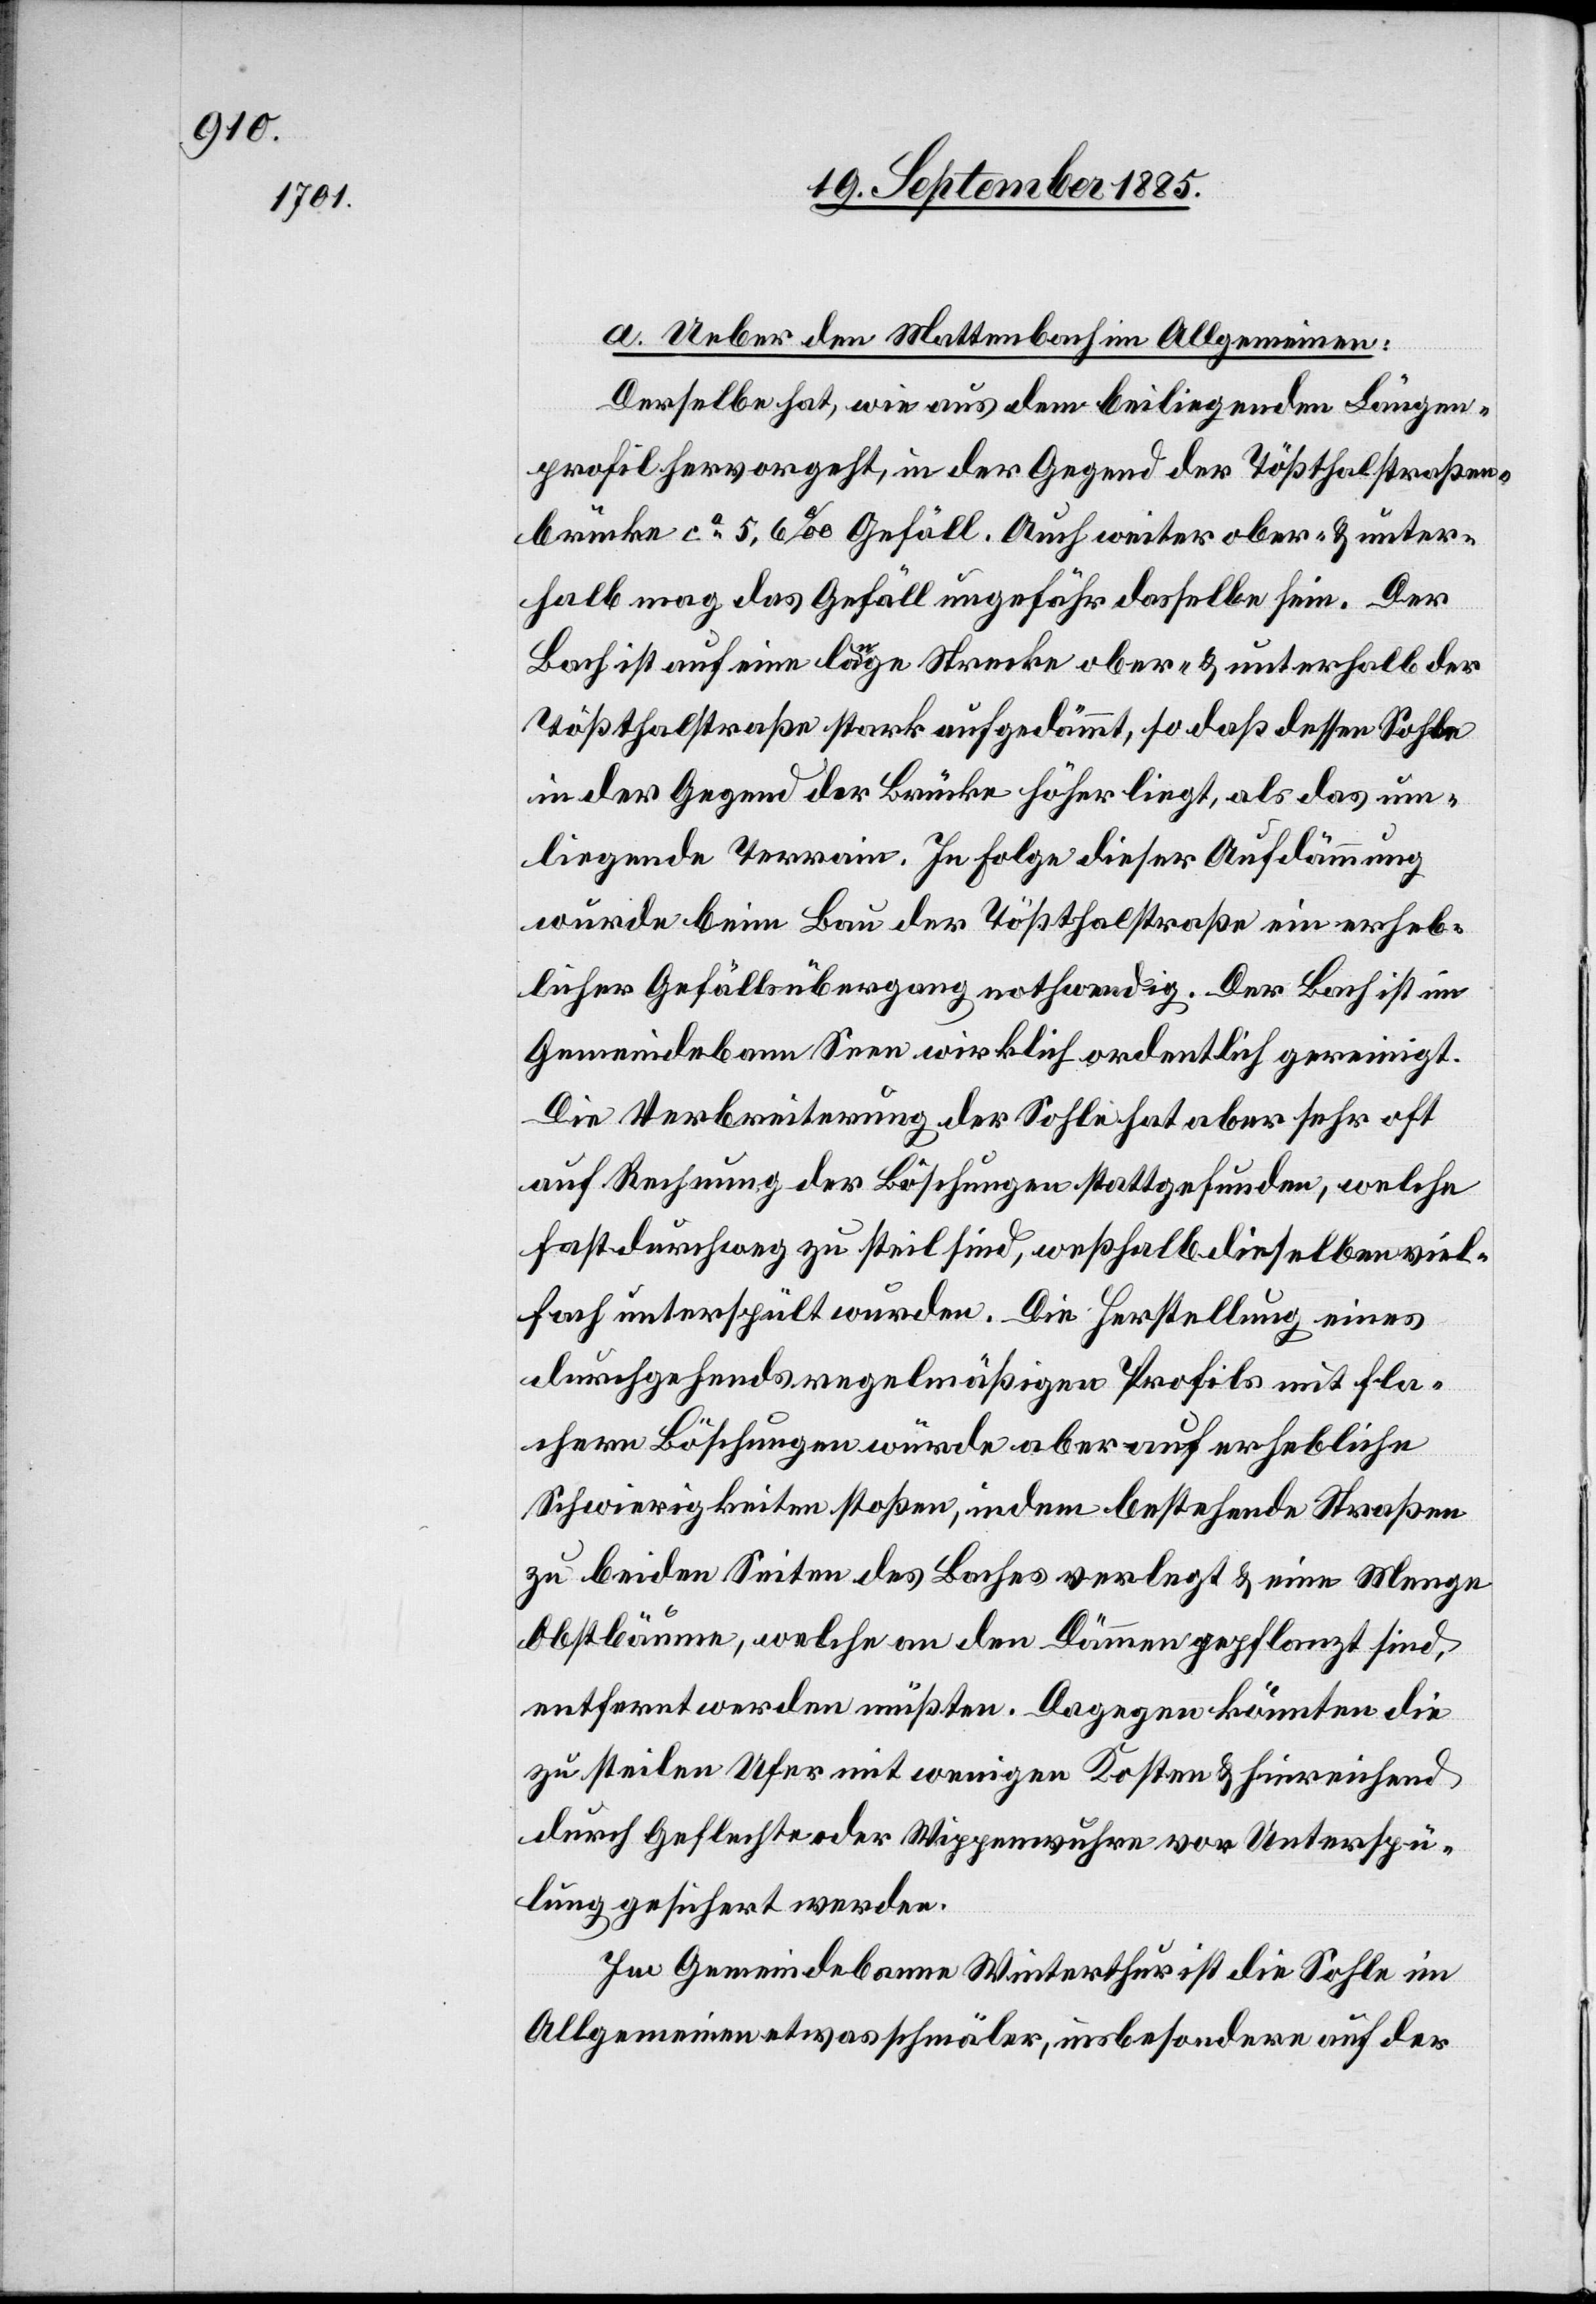
a. Ueber den Mattenbach im Allgemeinen:
Derselbe hat, wie aus dem beiliegenden Längen¬
profil hervorgeht, in der Gegend der Tößthalstraßen¬
brücke ca 5,6‰ Gefäll. Auch weiter ober- & unter¬
halb mag das Gefäll ungefähr dasselbe sein. Der
Bach ist auf eine lange Strecke ober- & unterhalb der
Tößthalstraße stark aufgedämmt, so daß dessen Sohle
in der Gegend der Brücke höher liegt, als das um¬
liegende Terrain. In Folge dieser Aufdämmung
wurde beim Bau der Tößthalstraße ein erheb¬
licher Gefällsübergang nothwendig. Der Bach ist im
Gemeindebann Seen wirklich ordentlich gereinigt.
Die Verbreiterung der Sohle hat aber sehr oft
auf Rechnung der Böschungen stattgefunden, welche
fast durchweg zu steil sind, weßhalb dieselben viel¬
fach unterspült wurden. Die Herstellung eines
durchgehends regelmäßigen Profils mit fla¬
chern Böschungen würde aber auf erhebliche
Schwierigkeiten stoßen, indem bestehende Straßen
zu beiden Seiten des Baches verlegt & eine Menge
Obstbäume, welche an den Dämmen gepflanzt sind,
entfernt werden müßten. Dagegen könnten die
zu steilen Ufer mit weniger Kosten & hinreichend
durch Geflechte oder Wippenwuhre vor Unterspü¬
lung gesichert werden.
Im Gemeindebanne Winterthur ist die Sohle im
Allgemeinen etwas schmäler, insbesondere auf der